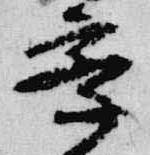
察